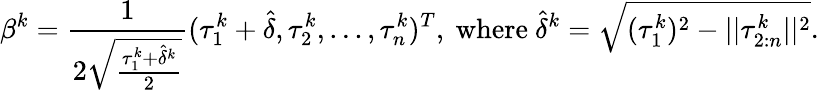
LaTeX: \beta^{k}=\frac{1}{2\sqrt{\frac{\tau_{1}^{k}+\hat{\delta}^{k}}{2}}}(\tau_{1}^{k}+\hat{\delta},\tau_{2}^{k},...,\tau_{n}^{k})^{T},\mathrm{~where~}\hat{\delta}^{k}=\sqrt{(\tau_{1}^{k})^{2}-||\tau_{2:n}^{k}||^{2}}.